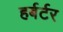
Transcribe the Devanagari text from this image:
हर्बर्टर